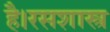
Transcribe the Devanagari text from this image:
है।रसशास्त्र